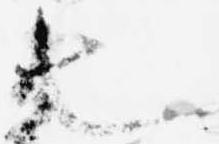
也